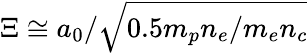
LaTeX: \Xi\cong a_{0}/\sqrt{0.5m_{p}n_{e}/m_{e}n_{c}}